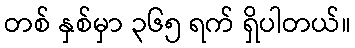
တစ် နှစ်မှာ ၃၆၅ ရက် ရှိပါတယ်။